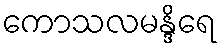
ကောသလမန္ဒိရေ